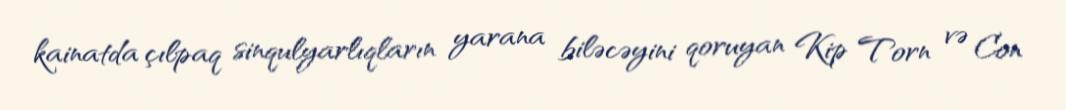
kainatda çılpaq sinqulyarlıqların yarana biləcəyini qoruyan Kip Torn və Con